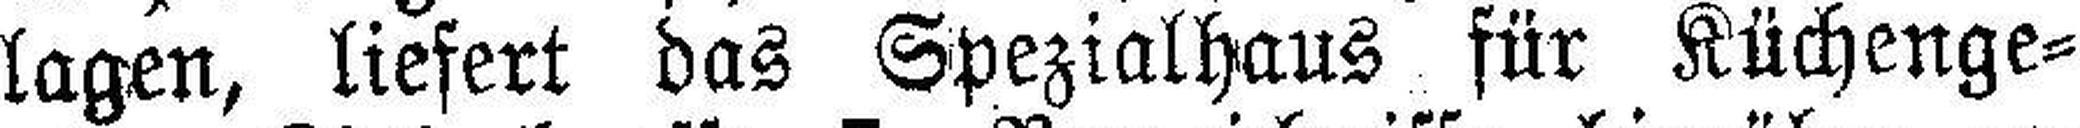
lagen, liefert das Spezialhaus für Küchenge¬